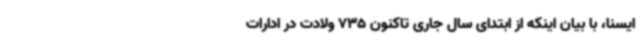
ایسنا، با بیان اینکه از ابتدای سال جاری تاکنون 735 ولادت در ادارات